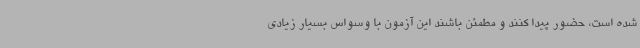
شده است، حضور پیدا کنند و مطمئن باشند این آزمون با وسواس بسیار زیادی